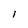
Character: l